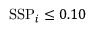
\mathrm { S S P } _ { i } \le 0 . 1 0